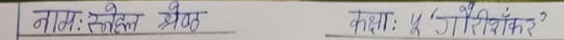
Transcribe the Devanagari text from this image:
नाम: स्नेहल श्रेष्ठ कक्षा: ४ 'जैसमिन'